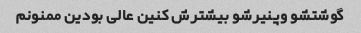
گوشتشو وپنیرشو بیشترش کنین عالی بودین ممنونم